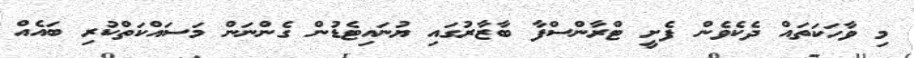
މި ވާހަކަތައް ދެކެވެން ފެށީ ޓްރާންސްފާ ބާޒާރުގައި ޔުނައިޓެޑުން ގެންނަން މަސައްކަތްކުރި ބައެއް